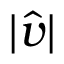
| \widehat { \boldsymbol { v } } |